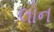
લોન